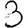
Digit: 3